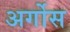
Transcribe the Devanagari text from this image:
अर्गोस